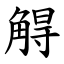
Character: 䚟